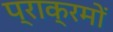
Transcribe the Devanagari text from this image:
प्राक्रमों